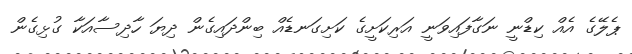
ޕެލޭގެ އެއް ކިޑްނީ ނަގާފައިވަނީ އަރިކަށީގެ ކަށިގަނޑެއް ބިންދައިގެން ދިޔަ ހާދިސާއަކާ ގުޅިގެން